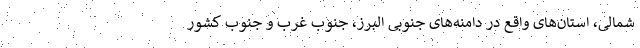
شمالی، استان‌های واقع در دامنه‌های جنوبی البرز، جنوب غرب و جنوب کشور